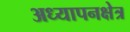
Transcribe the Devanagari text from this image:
अध्यापनक्षेत्र